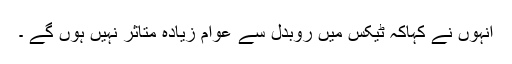
انہوں نے کہاکہ ٹیکس میں روبدل سے عوام زیادہ متاثر نہیں ہوں گے ۔